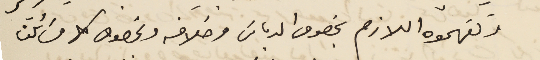
وتفهموه اللازم بخصوص الدباسَ وخلافه وبخصوص كل مسَائلنا